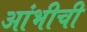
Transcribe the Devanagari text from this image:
आंभीची